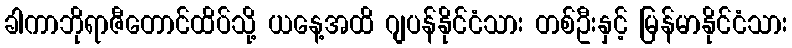
ခါကာဘိုရာဇီတောင်ထိပ်သို့ ယနေ့အထိ ဂျပန်နိုင်ငံသား တစ်ဦးနှင့် မြန်မာနိုင်ငံသား